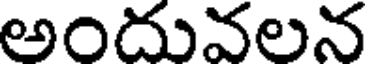
అందువలన